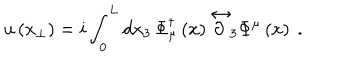
LaTeX: u \left( x _ { \perp } \right) = i \int _ { 0 } ^ { L } d x _ { 3 } \, \Phi _ { \mu } ^ { \dagger } \left( x \right) \stackrel { \leftrightarrow } { \partial } _ { 3 } \Phi ^ { \mu } \left( x \right) \ .